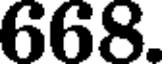
668.